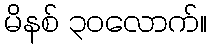
မိနစ် ၃၀လောက်။